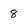
Character: 8